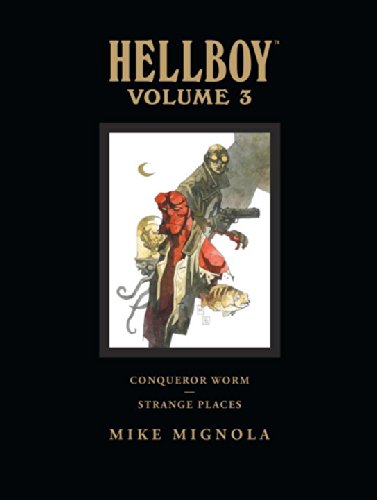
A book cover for Hellboy Library Edition, Volume 3: Conqueror Worm and Strange Places; Mike Mignola; Comics & Graphic Novels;